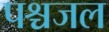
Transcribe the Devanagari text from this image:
पश्चजल